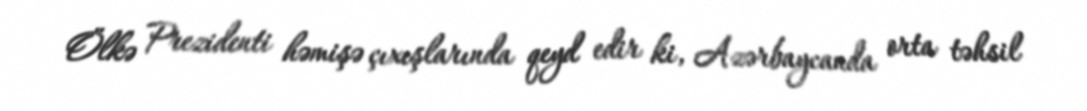
Ölkə Prezidenti həmişə çıxışlarında qeyd edir ki, Azərbaycanda orta təhsil